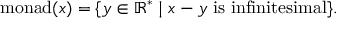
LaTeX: { \mathrm { m o n a d } } ( x ) = \{ y \in \mathbb { R } ^ { * } \mid x - y { \mathrm { ~ i s ~ i n f i n i t e s i m a l } } \} .